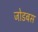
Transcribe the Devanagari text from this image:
जोडबस